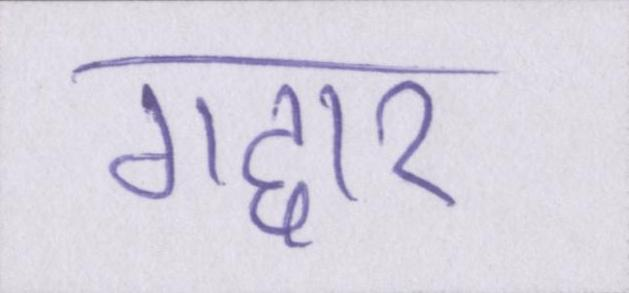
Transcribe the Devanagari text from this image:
गद्दार